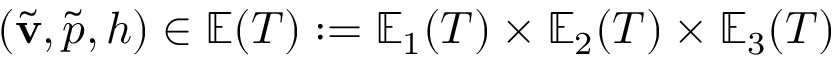
( \tilde { \mathbf { v } } , \tilde { p } , h ) \in \mathbb { E } ( T ) : = \mathbb { E } _ { 1 } ( T ) \times \mathbb { E } _ { 2 } ( T ) \times \mathbb { E } _ { 3 } ( T )